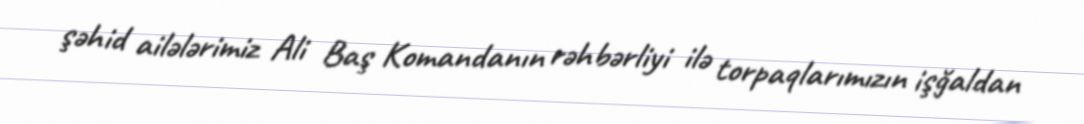
şəhid ailələrimiz Ali Baş Komandanın rəhbərliyi ilə torpaqlarımızın işğaldan